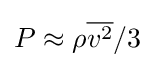
P\approx \rho {\overline {v^{2}}}/3